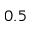
0 . 5